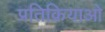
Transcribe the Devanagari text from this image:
प्रतिक्रियाओ